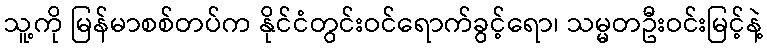
သူ့ကို မြန်မာစစ်တပ်က နိုင်ငံတွင်းဝင်ရောက်ခွင့်ရော၊ သမ္မတဦးဝင်းမြင့်နဲ့